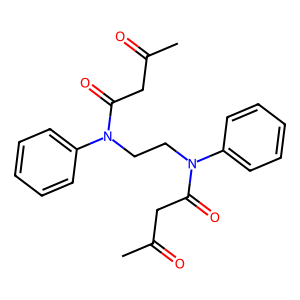
SMILES: CC(=O)CC(=O)N(CCN(C(=O)CC(C)=O)c1ccccc1)c1ccccc1
Inhibits HIV replication: No